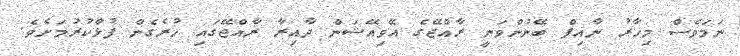
ނަމަވެސް މިހާރު ނާއިފް ބޭނުންވަނީ ރާއްޖޭގެ އޭވިއޭޝަން ދާއިރާ ރާއްޖޭގައި ހުރެގެން ފުޅާކުރުމަށެވެ.